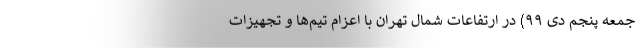
جمعه پنجم دی ۹۹) در ارتفاعات شمال تهران با اعزام تیم‌ها و تجهیزات